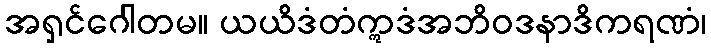
အရှင်ဂေါတမ။ ယယိဒံတံဣဒံအဘိဝဒနာဒိကရဏံ၊